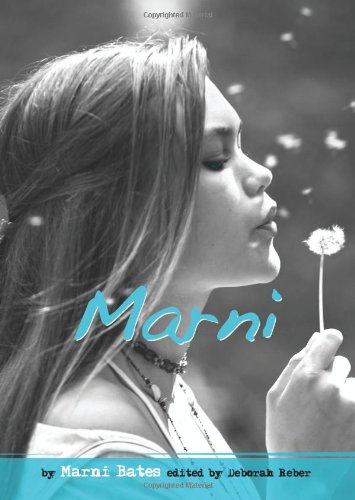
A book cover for Marni: My True Story of Stress, Hair-Pulling, and Other Obsessions (Louder Than Words); Marni Bates; Teen & Young Adult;